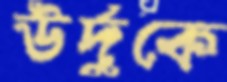
উর্দুকে